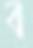
ব